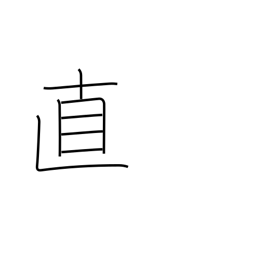
Meaning: honesty